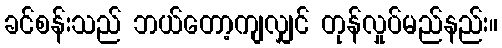
ခင်စန်းသည် ဘယ်တော့ကျလျှင် တုန်လှုပ်မည်နည်း။